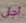
أجل